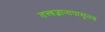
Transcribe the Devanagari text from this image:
तत्त्वज्ञानापासूनच